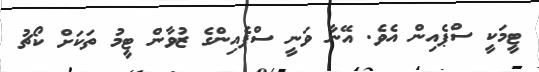
ޓީމަކީ ސްޕެއިން އެވެ. އޭނާ ވަނީ ސްޕެއިންގެ ޒުވާން ޓީމު ތަކަށް ކޯޗު